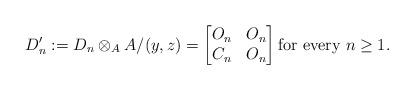
LaTeX: \begin{align*}D'_n := D_n \otimes_A A/(y,z) = \begin{bmatrix}O_n & O_n \\C_n & O_n\end{bmatrix} \mbox{for every } n \ge 1.\end{align*}